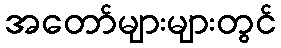
အတော်များများတွင်